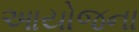
આયોજના